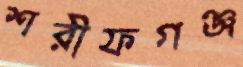
শরীফগঞ্জ